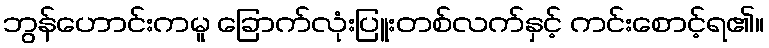
ဘွန်ဟောင်းကမူ ခြောက်လုံးပြူးတစ်လက်နှင့် ကင်းစောင့်ရ၏။